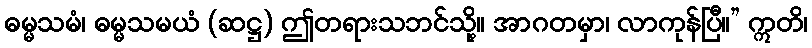
ဓမ္မသမံ၊ ဓမ္မသမယံ (ဆဋ္ဌ) ဤတရားသဘင်သို့။ အာဂတမှာ၊ လာကုန်ပြီ။” ဣတိ၊